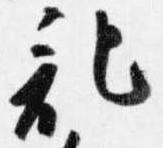
記